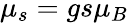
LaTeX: \mu_{s}=gs\mu_{B}